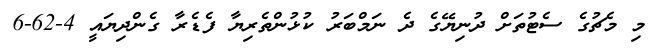
މި މެޗުގެ ސެޓުތަށް ދުނިޔޭގެ ދެ ނަމްބަރު ކުޅުންތެރިޔާ ފެޑެރާ ގެންދިޔައީ 4-62-6